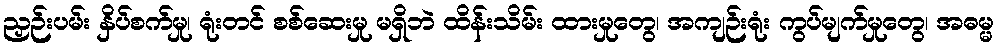
ညှဉ်းပမ်း နှိပ်စက်မှု၊ ရုံးတင် စစ်ဆေးမှု မရှိဘဲ ထိန်းသိမ်း ထားမှုတွေ၊ အကျဉ်းရုံး ကွပ်မျက်မှုတွေ၊ အဓမ္မ